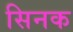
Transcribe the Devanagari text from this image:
सिनक